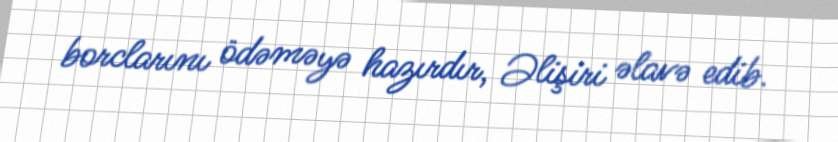
borclarını ödəməyə hazırdır, Əlişiri əlavə edib.